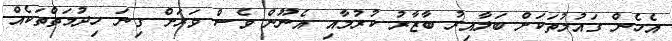
އެހެން ގައުމުތަކަށް ބަލާއިރު ބާޒާރު ކުރުމާއި އެނޫން ވެސް ވަރަށް ގިނަ ހިދުމަތްތަކެއް